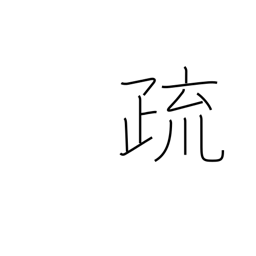
Meaning: note